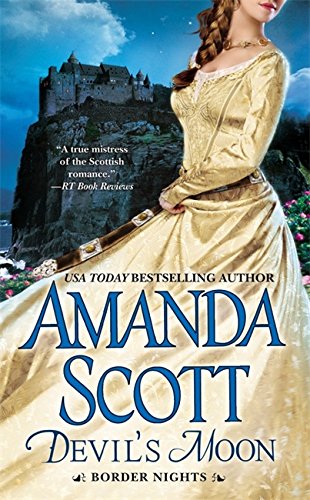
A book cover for Devil's Moon (Border Nights); Amanda Scott; Romance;